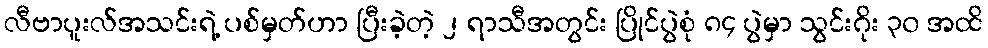
လီဗာပူးလ်အသင်းရဲ့ ပစ်မှတ်ဟာ ပြီးခဲ့တဲ့ ၂ ရာသီအတွင်း ပြိုင်ပွဲစုံ ၈၄ ပွဲမှာ သွင်းဂိုး ၃၀ အထိ